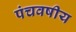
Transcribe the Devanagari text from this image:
पंचवषीय